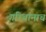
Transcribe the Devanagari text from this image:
गरिबांनाच